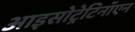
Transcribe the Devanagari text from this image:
आइसोट्रेटिनॉएन